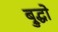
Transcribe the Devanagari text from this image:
ब्रुद्धो